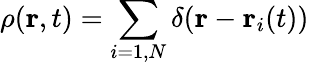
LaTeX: \rho(\textbf{r},t)=\sum_{i=1,N}\delta(\textbf{r}-\textbf{r}_{i}(t))